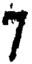
7